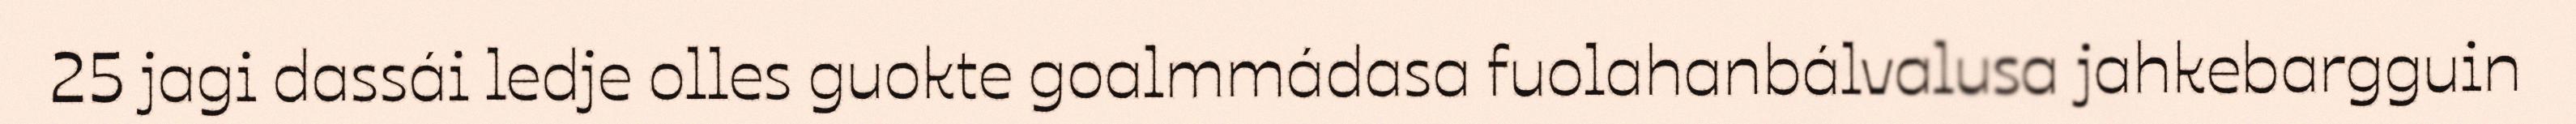
25 jagi dassái ledje olles guokte goalmmádasa fuolahanbálvalusa jahkebargguin